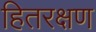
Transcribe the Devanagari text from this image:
हितरक्षण